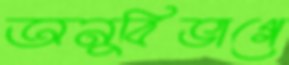
অনুবিভাগে